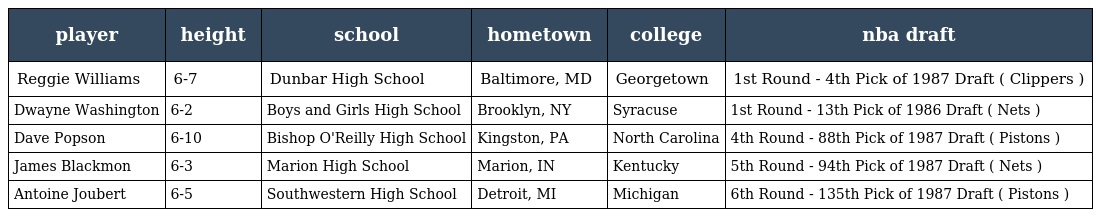
| player | height | school | hometown | college | nba draft |
 | --- | --- | --- | --- | --- | --- |
 | Reggie Williams | 6-7 | Dunbar High School | Baltimore, MD | Georgetown | 1st Round - 4th Pick of 1987 Draft ( Clippers ) |
 | Dwayne Washington | 6-2 | Boys and Girls High School | Brooklyn, NY | Syracuse | 1st Round - 13th Pick of 1986 Draft ( Nets ) |
 | Dave Popson | 6-10 | Bishop O'Reilly High School | Kingston, PA | North Carolina | 4th Round - 88th Pick of 1987 Draft ( Pistons ) |
 | James Blackmon | 6-3 | Marion High School | Marion, IN | Kentucky | 5th Round - 94th Pick of 1987 Draft ( Nets ) |
 | Antoine Joubert | 6-5 | Southwestern High School | Detroit, MI | Michigan | 6th Round - 135th Pick of 1987 Draft ( Pistons ) |